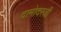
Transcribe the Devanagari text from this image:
दामोदरजी